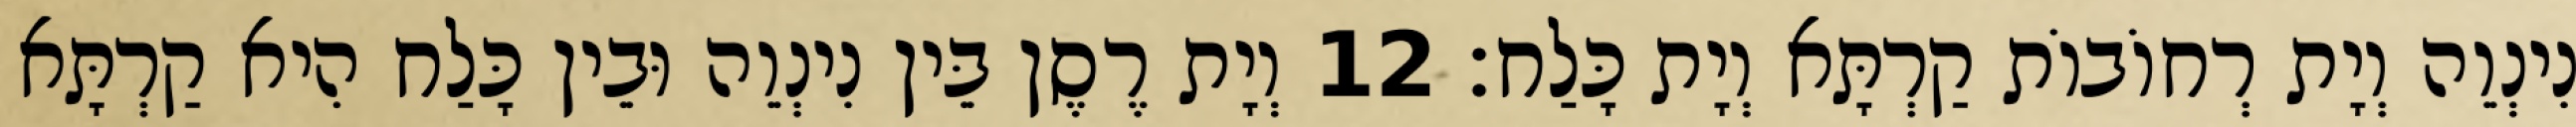
נִינְוֵה וְיָת רְחוֹבוֹת קַרְתָּא וְיָת כָּלַח׃ 12 וְיָת רֶסֶן בֵּין נִינְוֵה וּבֵין כָּלַח הִיא קַרְתָּא